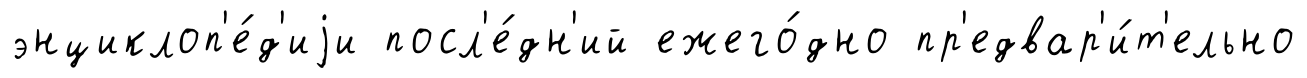
энциклоп'е́д'иjи посл'е́дн'ий ежего́дно пр'едвар'и́т'ельно